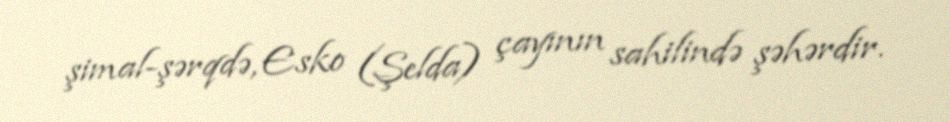
şimal-şərqdə, Esko (Şelda) çayının sahilində şəhərdir.